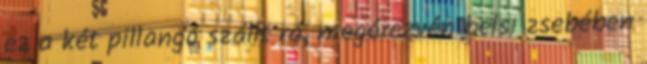
ez a két pillangó szállt rá, megérezvén belsı zsebében